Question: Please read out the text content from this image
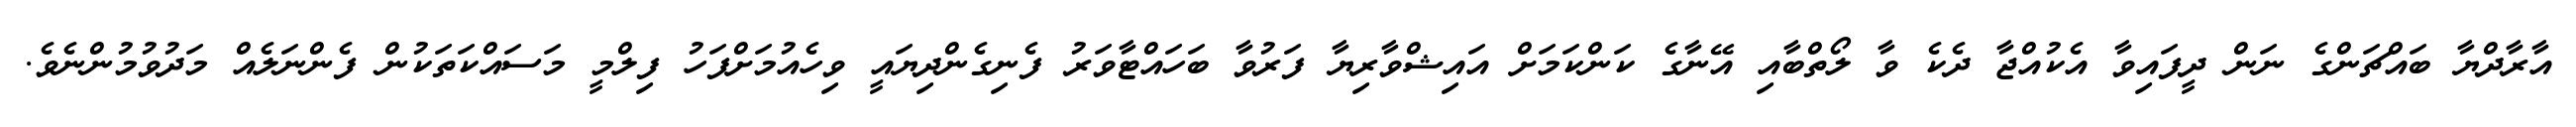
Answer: އާރާދްޔާ ބައްޗަންގެ ނަން ދީފައިވާ އެކުއްޖާ ދެކެ ވާ ލޯތްބާއި އޭނާގެ ކަންކަމަށް އައިޝްވާރިޔާ ފަރުވާ ބަހައްޓާވަރު ފެނިގެންދިޔައީ ވިހެއުމަށްފަހު ފިލްމީ މަސައްކަތަކުން ފެންނަލެއް މަދުވުމުންނެވެ.